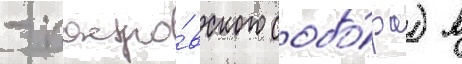
- покро́вского собо́ра) в